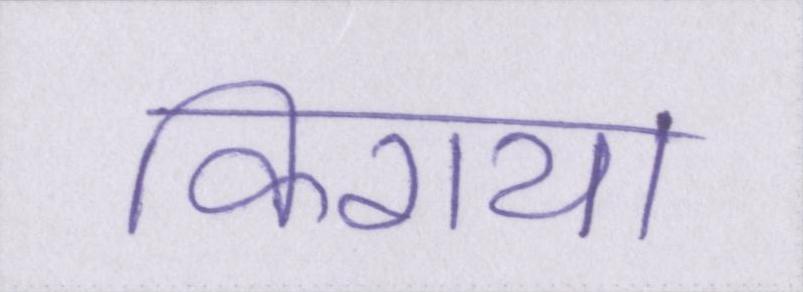
किराया